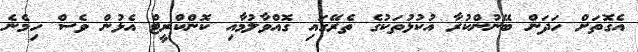
އެގޮތަށް ހަދަން ބޭނުންކުރާ އުކުޅުތަކުގެ ތެރޭގައި ގޮއްވާލުމާއި ކޮންކްރީޓް އެޅުން ވެސް ހިމެނެ